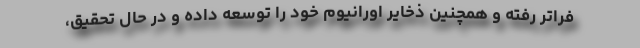
فراتر رفته و همچنین ذخایر اورانیوم خود را توسعه داده و در حال تحقیق،